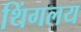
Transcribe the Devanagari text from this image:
थिंगलय